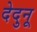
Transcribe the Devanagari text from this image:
देदुनू